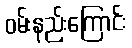
ဝမ်းနည်းကြောင်း